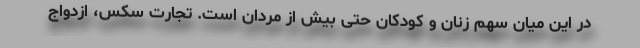
در این میان سهم زنان و کودکان حتی بیش از مردان است. تجارت سکس، ازدواج